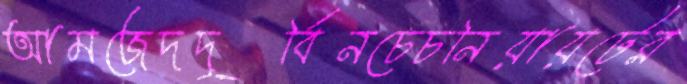
আমজেদদূর্বিনচেচনিয়ায়টের